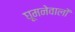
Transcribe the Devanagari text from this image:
घूमनेवालों